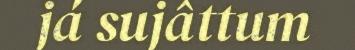
já sujâttum